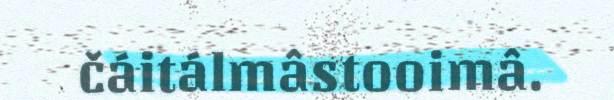
čáitálmâstooimâ.